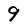
Character: 9